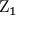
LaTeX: \mathrm { Z } _ { 1 }